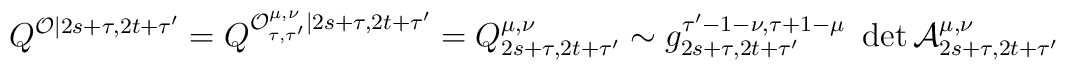
Q^{\mathcal{O}|2s+\tau ,2t+\tau ^{\prime }}=Q^{\mathcal{O}_{\tau ,\tau^{\prime }}^{\mu ,\nu }|2s+\tau ,2t+\tau ^{\prime }}=Q_{2s+\tau ,2t+\tau^{\prime }}^{\mu ,\nu }\sim g_{2s+\tau ,2t+\tau ^{\prime }}^{\tau ^{\prime}-1-\nu ,\tau +1-\mu }\,\,\det \mathcal{A}_{2s+\tau ,2t+\tau ^{\prime}}^{\mu ,\nu }\,\,